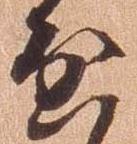
啓